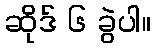
ဆိုဒ် ၆ ခွဲပါ။